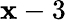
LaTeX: \mathbf{x}-3